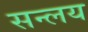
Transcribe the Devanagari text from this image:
सन्लय